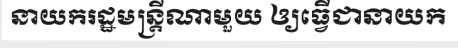
នាយករដ្ឋមន្ត្រីណាមួយ ឲ្យធ្វើជានាយក